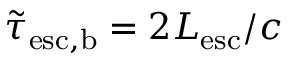
\tilde { \tau } _ { \mathrm { e s c , b } } = 2 L _ { \mathrm { e s c } } / c